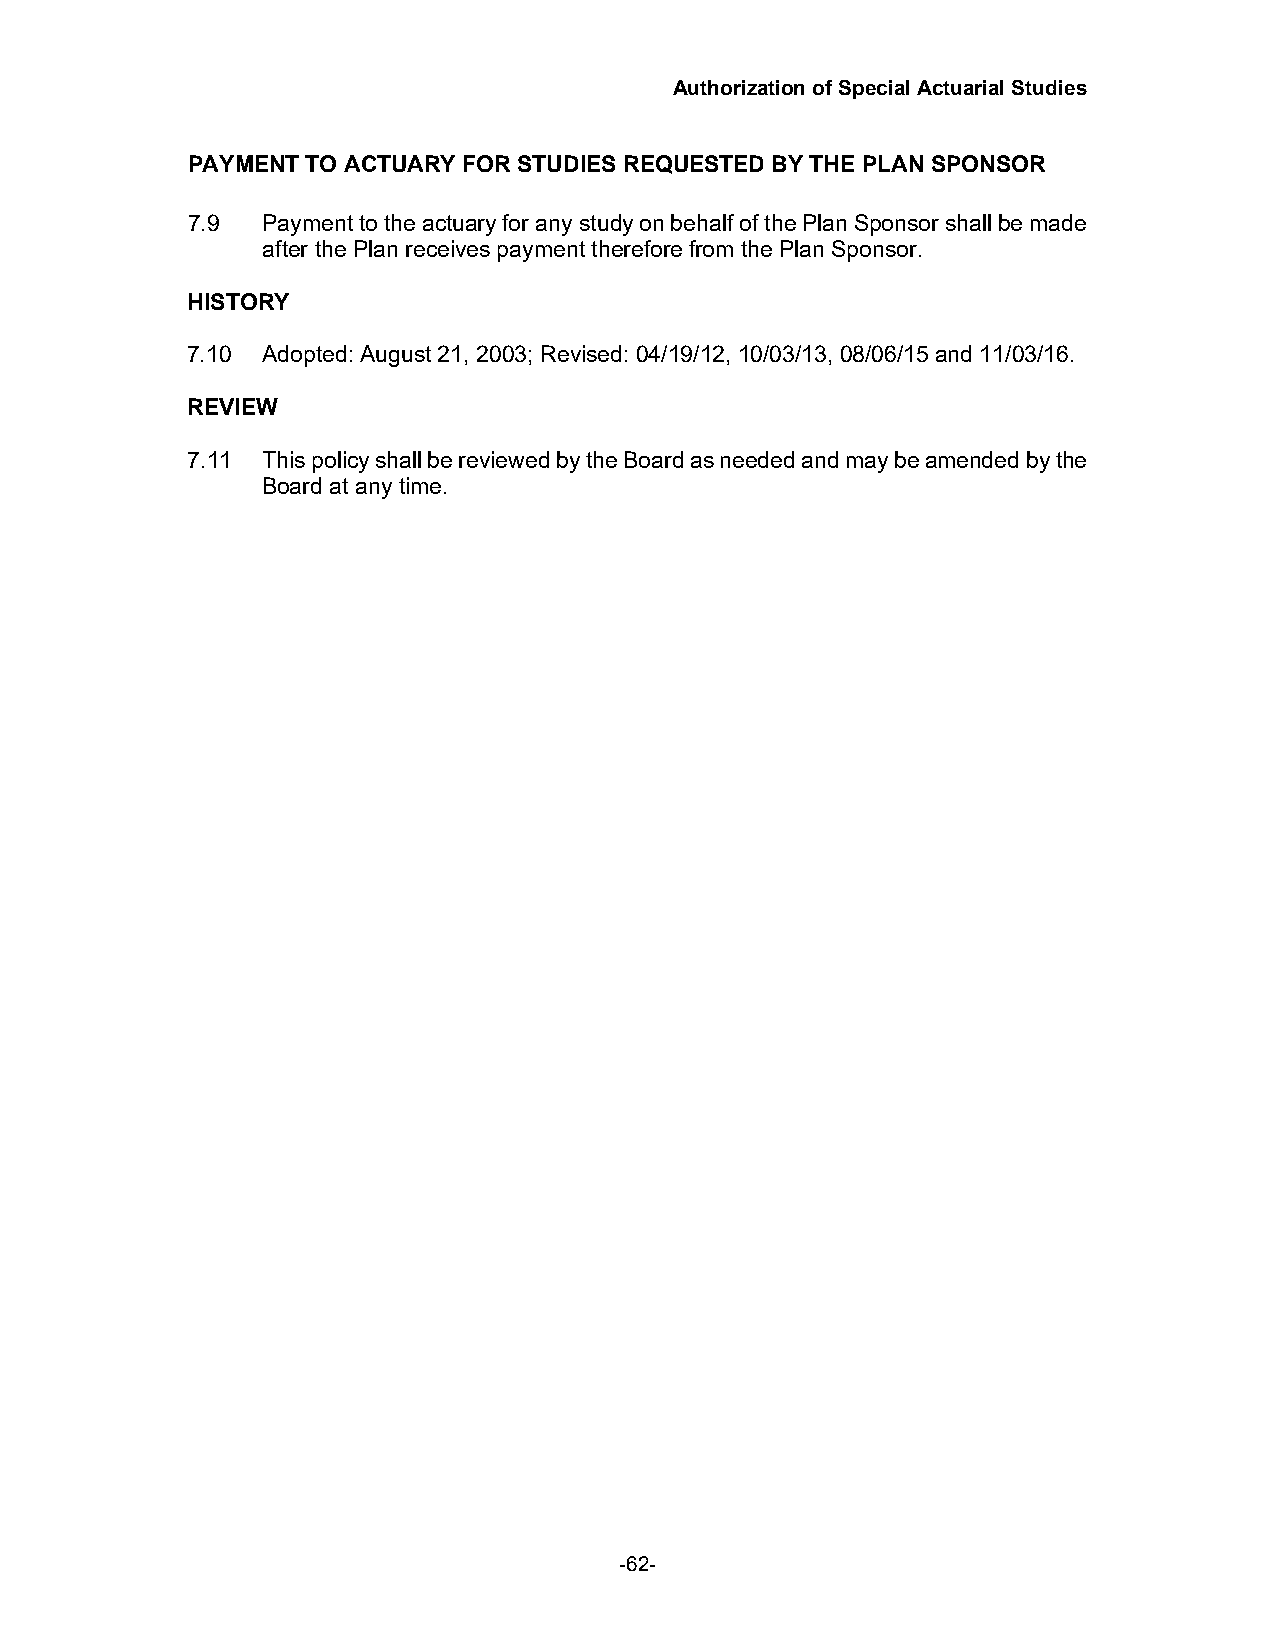
Authorization of Special Actuarial Studies
 PAYMENT TO ACTUARY FOR STUDIES REQUESTED BY THE PLAN SPONSOR
 7.9  Payment to the actuary for any study on behalf of the Plan Sponsor shall be made
 after the Plan receives payment therefore from the Plan Sponsor.
 HISTORY
 7.10 Adopted: August 21, 2003; Revised: 04/19/12, 10/03/13, 08/06/15 and 11/03/16.
 REVIEW
 7.11 This policy shall be reviewed by the Board as needed and may be amended by the
 Board at any time.
 -62-